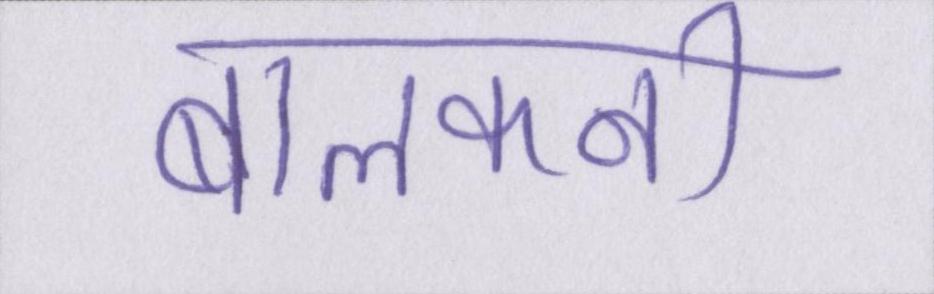
बालकनी